Report of the Municipal Commissioner on the plague in Bombay for the year ending 31st May... - Volume 2
Disease focus: Plague
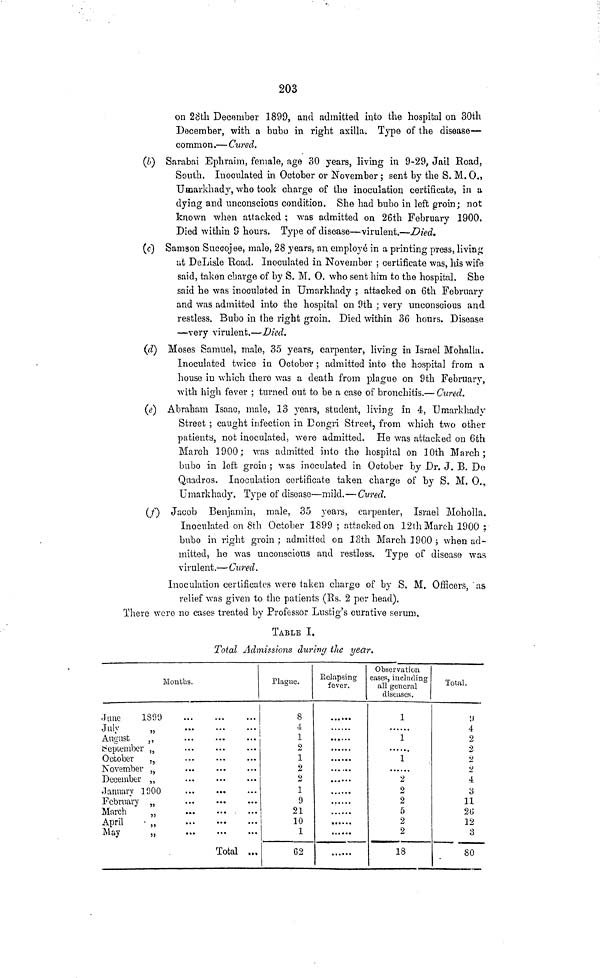
203
on 28tli December 1899, and admitted into the hospital on 30th
December, with a bubo in right axilla. Type of the disease—
common.— Cured.
(b) Sarabai Ephraim, female, age 30 years, living in 9-29, Jail Road,
South. Inoculated in October or November; sent by the S. M. 0.,
Umarkhady, who took charge of the inoculation certificate, in a
dying and unconscious condition. She had bubo in loft groin; not
known when attacked ; was admitted on 26th February 1900.
Died within 9 hours. Type of disease—virulent.—Died.
(e) Samson Succojee, male, 28 years, an employe in a printing press, living
ut DeLisle Hoad. Inoculated in November ; certificate was, his wife
said, taken cbarge of by S. M. 0. who sent him to the hospital. She
said he was inoculated in Umarkhady ; attacked on 6th February
and was admitted into the hospital on 9th ; very unconscious and
restless. Bubo in the right groin. Died within 36 hours. Disease
—very virulent.—Died.
(d) Moses Samuel, male, 35 years, carpenter, living in Israel Mohalia.
Inoculated twice in October ; admitted into the hospital from a
house in which there was a death from plague on 9th February,
with high fever ; turned out to be a case of bronchitis.— Cured.
(e} Abraham Isaac, male, 13 years, student, living in 4, Umarkhady
Street ; caught infection in Eongri Street, from which two other
patients, not inoculated, were admitted. He was attacked on 6th
March 1900; was admitted into the hospital on 10th March;
bubo in left groiu ; was inoculated in October by Dr. J. B, Do
Quadros. Inoculation certificate taken charge of by S. M. 0.,
Umarkhady. Type of disease—mild.—Cured.
(/) Jacob Benjamin, male, 35 years, carpenter, Israel Moholla.
Inoculated on 8th October 1899 ; attacked on 12th March 1900 ;
bubo in right groin; admitted on loth March 1900; when ad-
mitted, he was unconscious and restless. Type of disease was
virulent.— Cured.
Inoculation certificates were taken charge of by S. M. Officers, 'as
relief was given to the patients (Bs. 2 per head).
There were no case? treated by Professor Lustig's curative serum.
TABLE I.
Total Admissions during the year.
Months.
-June
1899
July
»
August
bepiember ,
October
November
December
.January 1900
February
March
April
•
May
Total ..,
Plague.
8
4
1
2
1
2
2
1
9
21
10
1
62
Relapsing
fever.
Observation
cases, including
all general
diseases.
1
1
1
2
2
2
5
2
2
18
Total.
' .)
4
2
2
2
2
4
3
11
2G
12
3
80